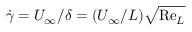
\dot { \gamma } = { U _ { \infty } } / { \delta } = ( { U _ { \infty } } / { L } ) \sqrt { \mathrm { R e } _ { L } }